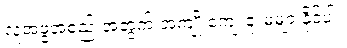
လူ့အဖွဲ့အစည်းအတွက် အကျိုးကျေးဇူးမများနိုင်ပါ။